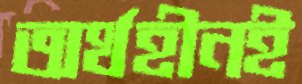
অর্থহীনই